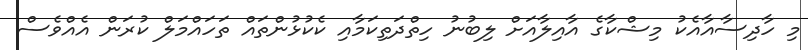
މި ހާދިސާއާއެކު މިޝްކާގެ އާއިލާއަށް ލިބުނު ހިތްދަތިކަމާއި ކެކުޅުންތައް ތަހައްމަލް ކުރަން އެއްވެސް